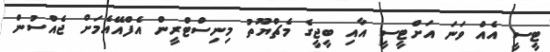
ޓީސީ އެއް ވަނަ އަށްޓީސީ އާއި ބީޖީގެ މެޗްޔޫތު މިނިސްޓްރީން އެފްއޭއެމަށް ޖެއްސުން